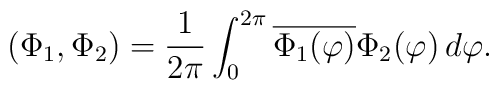
(\Phi_1,\Phi_2) = \frac{1}{2\pi} \int_0^{2\pi}\overline{\Phi_1(\varphi)}\Phi_2 (\varphi)\, d\varphi.